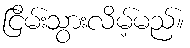
ငြိမ်းသွားလိမ့်မည်။